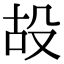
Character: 𣪇